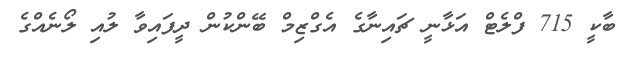
ބާކީ 715 ފްލެޓް އަޅާނީ ޗައިނާގެ އެގްޒިމް ބޭންކުން ދީފައިވާ ލުއި ލޯނެއްގެ